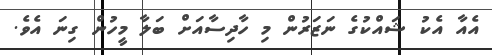
އެއާ އެކު ޝައްކުގެ ނަޒަރުން މި ހާދިސާއަށް ބަލާ މީހުން ގިނަ އެވެ.